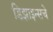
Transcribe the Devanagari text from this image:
डिझाइन्सचे